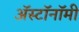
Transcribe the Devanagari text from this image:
ॲस्टॉनॉमी